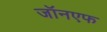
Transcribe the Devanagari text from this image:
जॉनएफ